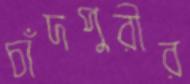
চাঁদপুরীর